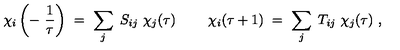
\chi _ { i } \left( - \ { \frac { 1 } { \tau } } \right) \ = \ \sum _ { j } \ S _ { i j } \ \chi _ { j } ( \tau ) \ \qquad \chi _ { i } ( \tau + 1 ) \ = \ \sum _ { j } \ T _ { i j } \ \chi _ { j } ( \tau ) \ ,